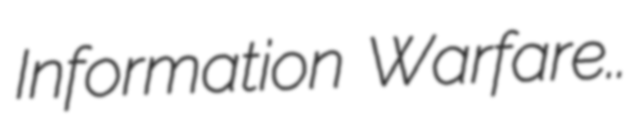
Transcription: Information Warfare..